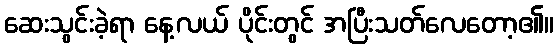
ဆေးသွင်းခဲ့ရာ နေ့လယ် ပိုင်းတွင် အပြီးသတ်လေတော့၏။